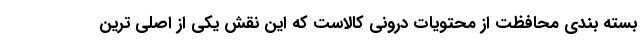
بسته بندی محافظت از محتویات درونی کالاست که این نقش یکی از اصلی ترین